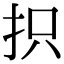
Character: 抧